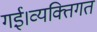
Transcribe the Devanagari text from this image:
गई।व्यक्तिगत